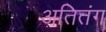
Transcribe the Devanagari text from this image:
अतितंग